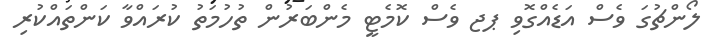
ލޯންޗުގަ ވެސް އަޑެއްގޮވި ޕޖ ވެސް ކޮމެޓީ މެންބަރުން ތުހުމަތު ކުރައްވާ ކަންތައްކުރި